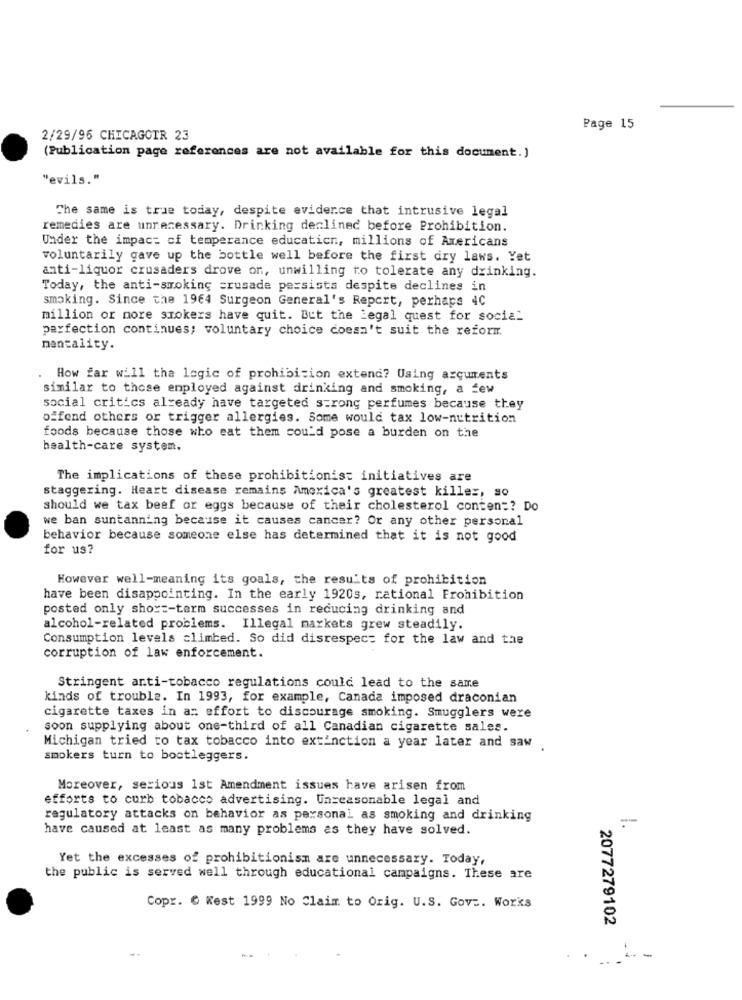
Page 15
2/29/96 CHICAGOTR 23
(Publication page references are not available for this document.)
"evils."
The same is true today, despite evidence that intrusive legal
remedies are unnecessary. Drinking declined before Prohibition.
Under the impact of temperance educaticn, millions of Americans
voluntarily gave up the bottle well before the first dry laws. Yet
anti-liquor crusaders drove on, unwilling to tolerate any drinking.
Today, the anti-smoking crusade persists despite declines in
smoking. Since the 1964 Surgeon General's Report, perhaps 4C
million or more smokers have quit. But the Legal quest for social
perfection continues; voluntary choice doesn't suit the reform.
mentality.
How far will the logic of prohibition extend? Using arguments
similar to those employed against drinking and smoking, a few
social critics already have targeted strong perfumes because they
offend others or trigger allergies. Some would tax low-nutrition
foods because those who eat them could pose a burden on the
health-care system.
The implications of these prohibitionist initiatives are
staggering. Heart disease remains America's greatest killer, so
should we tax beef or eggs because of their cholesterol conten =? Do
we ban suntanning because it causes cancer? Or any other personal
behavior because someone else has determined that it is not good
for us?
However well-meaning its goals, the results of prohibition
have been disappointing. In the early 1920s, rational Frohibition
posted only short-term successes in reducing drinking and
alcohol-related problems. Illegal markets grew steadily.
Consumption levels climbed. So did disrespect for the law and the
corruption of law enforcement.
Stringent anti-tobacco regulations could lead to the same
kinds of trouble. In 1993, for example, Canada imposed draconian
cigarette taxes in an effort to discourage smoking. Smugglers were
soon supplying about one-third of all Canadian cigarette sales.
Michigan tried to tax tobacco into extinction a year later and saw
smokers turn to bootleggers.
Moreover, serious 1st Amendment issues have arisen from
efforts to curb tobacco advertising. Unreasonable legal and
regulatory attacks on behavior as personal as smoking and drinking
-
have caused at least as many problems as they have solved.
Yet the excesses of prohibitionism are unnecessary. Today,
the public is served well through educational campaigns. These are
Copr. C West 1999 No Claim to Orig. U.S. Gov :. Works
2077279102